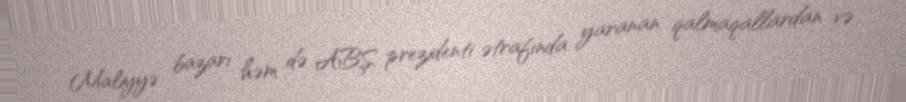
Maliyyə bazarı həm də ABŞ prezidenti ətrafında yaranan qalmaqallardan və